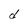
Character: d